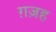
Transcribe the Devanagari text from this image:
ग़ज़ह